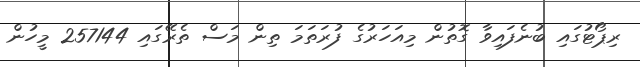
ރިޕޯޓުގައި ބުނެފައިވާ ގޮތުން މިއަހަރުގެ ފުރަތަމަ ތިން މަސް ތެރޭގައި 257144 މީހުން